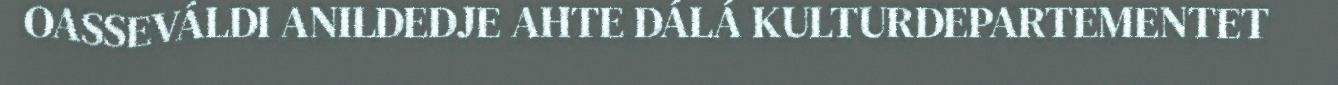
OASSEVÁLDI ANILDEDJE AHTE DÁLÁ KULTURDEPARTEMENTET